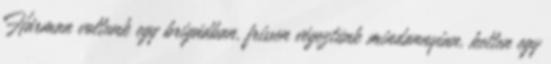
Hárman voltunk egy brigádban, frissen végeztünk mindannyian, ketten egy